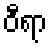
ဝီရာ